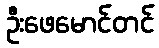
ဦးဖေမောင်တင်